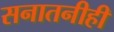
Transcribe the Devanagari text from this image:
सनातनीही